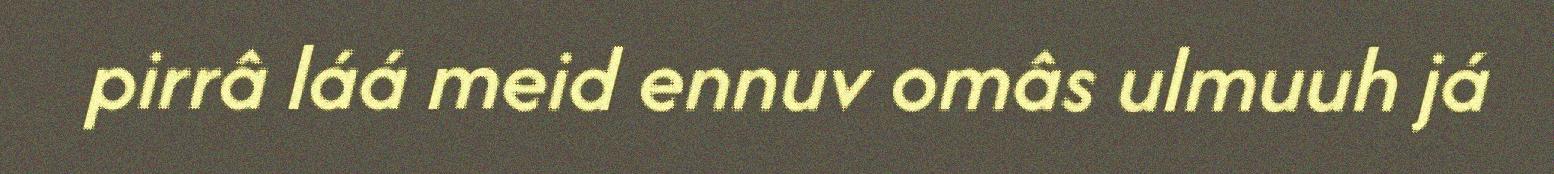
pirrâ láá meid ennuv omâs ulmuuh já